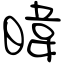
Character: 暐